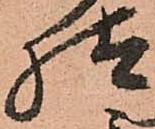
様